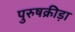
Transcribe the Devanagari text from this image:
पुरुषक्रीड़ा